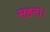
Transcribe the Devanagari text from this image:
सहना।